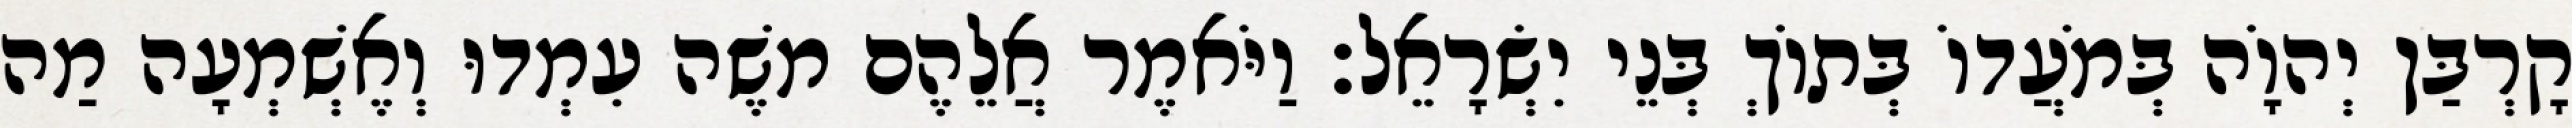
קָרְבַּן יְהוָֹה בְּמֹעֲדוֹ בְּתוֹךְ בְּנֵי יִשְׂרָאֵל׃ וַיֹּאמֶר אֲלֵהֶם משֶׁה עִמְדוּ וְאֶשְׁמְעָה מַה